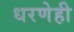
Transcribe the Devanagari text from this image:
धरणेही